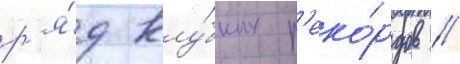
р'я́д клу́бных р'еко́рдов //